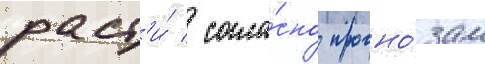
раст'и́ / согла́сно прогно́зам